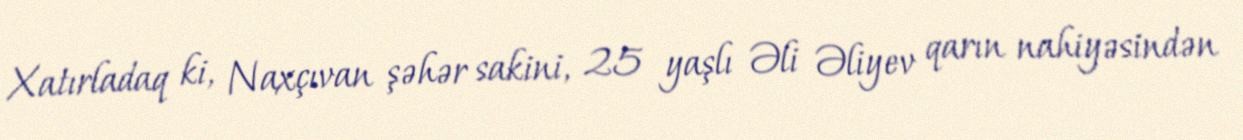
Xatırladaq ki, Naxçıvan şəhər sakini, 25 yaşlı Əli Əliyev qarın nahiyəsindən